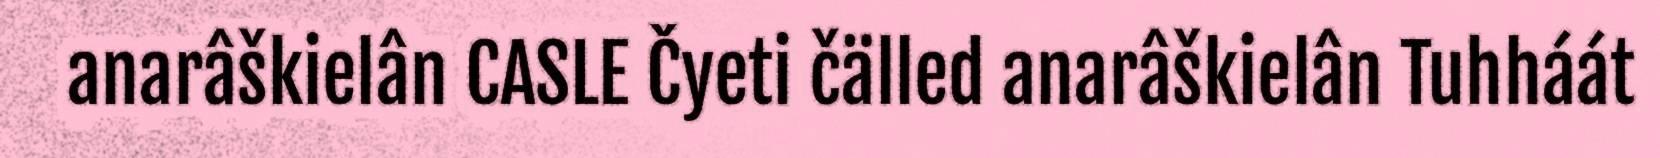
anarâškielân CASLE Čyeti čälled anarâškielân Tuhháát